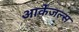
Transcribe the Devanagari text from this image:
आर्केंजल्स